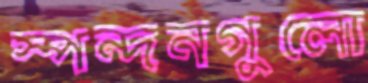
স্পন্দনগুলো